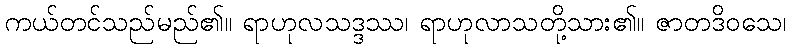
ကယ်တင်သည်မည်၏။ ရာဟုလသဒ္ဒဿ၊ ရာဟုလာသတို့သား၏။ ဇာတဒိဝသေ၊